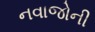
નવાજોની